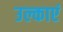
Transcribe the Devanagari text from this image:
उल्काएं